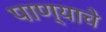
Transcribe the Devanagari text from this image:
पाण्‍याचे